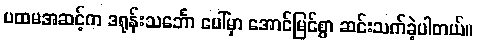
ပထမအဆင့်က ဒရုန်းသင်္ဘော ပေါ်မှာ အောင်မြင်စွာ ဆင်းသက်ခဲ့ပါတယ်။